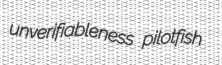
unverifiableness pilotfish